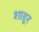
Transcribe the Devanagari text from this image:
शाहूर